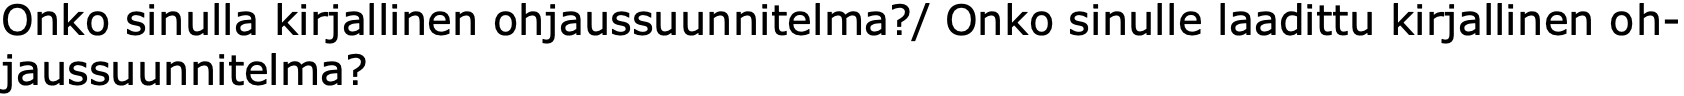
Onko sinulla kirjallinen ohjaussuunnitelma?/ Onko sinulle laadittu kirjallinen oh- jaussuunnitelma?